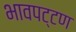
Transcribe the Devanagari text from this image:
भावपट्टण